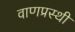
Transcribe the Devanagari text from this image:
वाणप्रस्थी